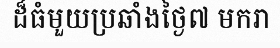
ដ៏ធំមួយប្រឆាំងថ្ងៃ៧ មករា